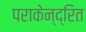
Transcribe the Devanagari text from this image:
पराकेन्द्रित